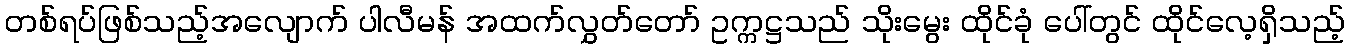
တစ်ရပ်ဖြစ်သည့်အလျောက် ပါလီမန် အထက်လွှတ်တော် ဥက္ကဋ္ဌသည် သိုးမွေး ထိုင်ခုံ ပေါ်တွင် ထိုင်လေ့ရှိသည့်